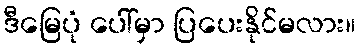
ဒီမြေပုံ ပေါ်မှာ ပြပေးနိုင်မလား။